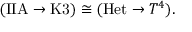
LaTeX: ( \mathrm { I I A } \to \mathrm { K 3 } ) \cong ( \mathrm { H e t } \to T ^ { 4 } ) .